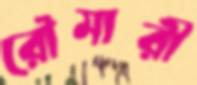
রৌমারী